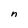
Character: n